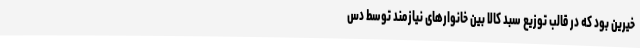
خیرین بود که در قالب توزیع سبد کالا بین خانوارهای نیازمند توسط دس